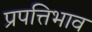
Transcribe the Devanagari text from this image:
प्रपत्तिभाव